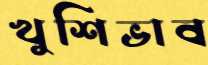
খুশিভাব